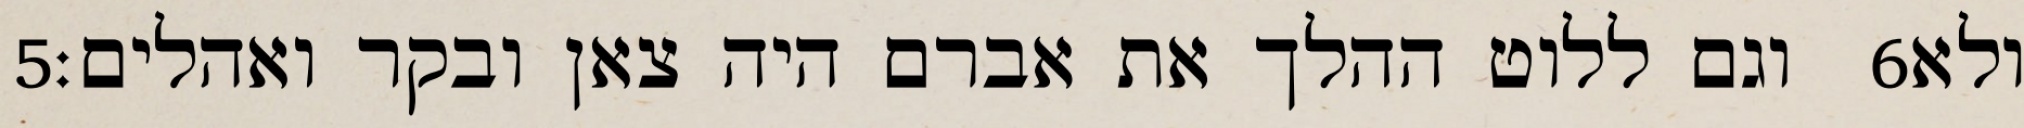
‎5‏ וגם ללוט ההלך את אברם היה צאן ובקר ואהלים׃ ‎6‏ ולא